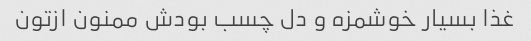
غذا بسیار خوشمزه و دل چسب بودش ممنون ازتون